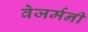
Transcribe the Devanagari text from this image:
वेजर्मनी